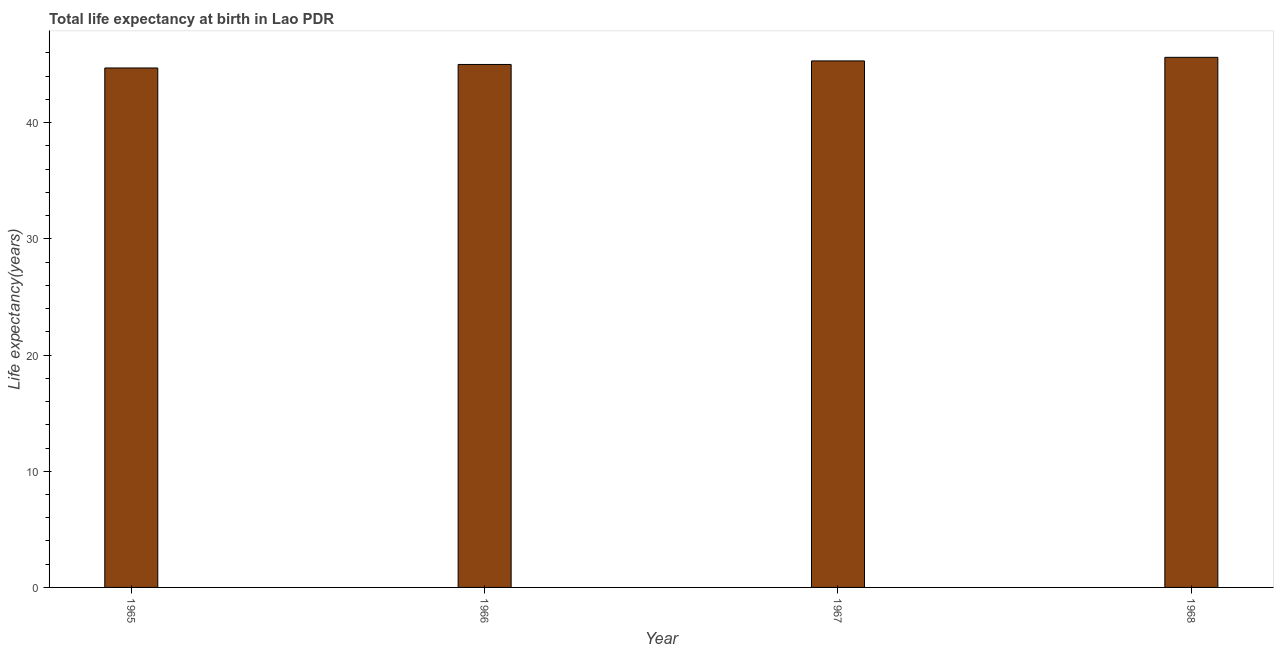
| Year | Life expectancy at birth |
 | --- | --- |
 | 1965 | 44.7 |
 | 1966 | 45 |
 | 1967 | 45.3 |
 | 1968 | 45.6 |